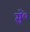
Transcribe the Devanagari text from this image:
सें॰